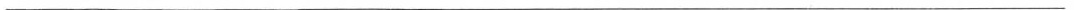
___